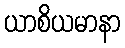
ယာစိယမာနာ